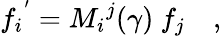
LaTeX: {f_{i}}^{'}={M_{i}}^{j}(\gamma)~f_{j}\quad,